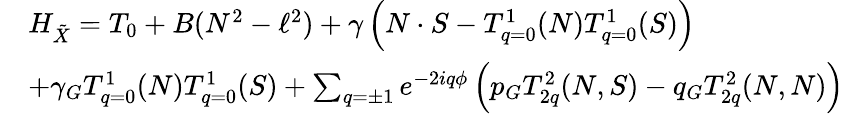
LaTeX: \begin{array}{rl}&{H_{\tilde{X}}=T_{0}+B(N^{2}-\ell^{2})+\gamma\left(N\cdot S-T_{q=0}^{1}(N)T_{q=0}^{1}(S)\right)}\\ &{+\gamma_{G}T_{q=0}^{1}(N)T_{q=0}^{1}(S)+\sum_{q=\pm 1}e^{-2iq\phi}\left(p_{G}T_{2q}^{2}(N,S)-q_{G}T_{2q}^{2}(N,N)\right)}\end{array}